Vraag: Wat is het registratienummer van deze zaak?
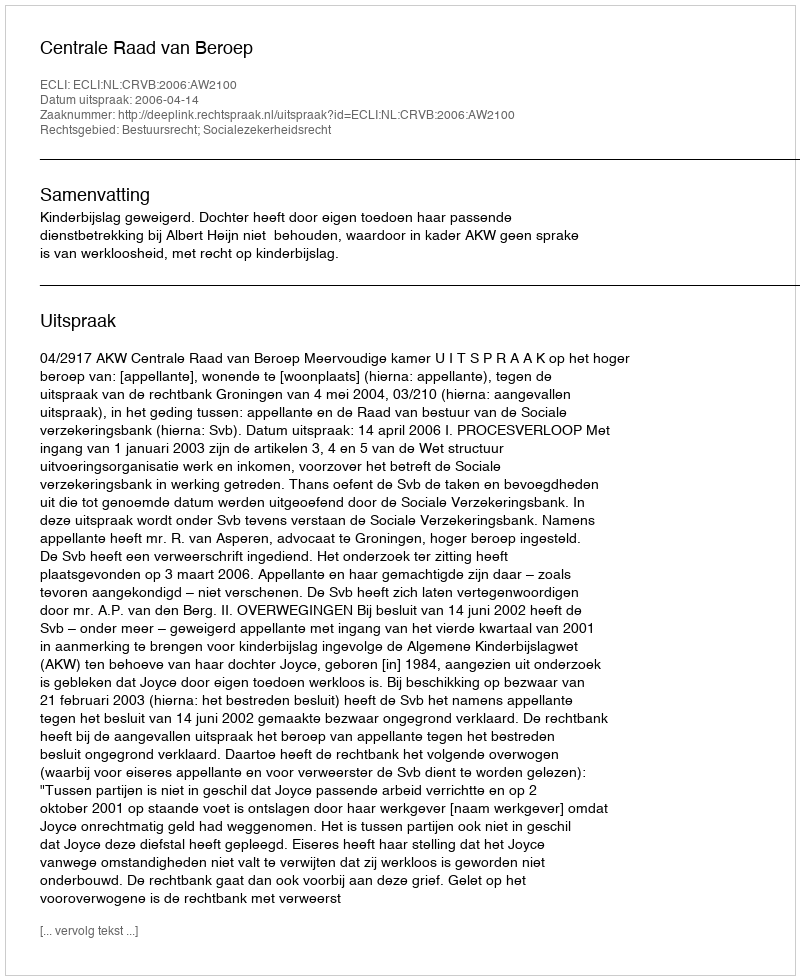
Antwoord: http://deeplink.rechtspraak.nl/uitspraak?id=ECLI:NL:CRVB:2006:AW2100